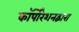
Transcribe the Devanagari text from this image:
कॉर्पोरेशनद्वारा